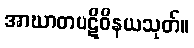
အာဃာတပဋိဝိနယသုတ်။